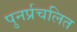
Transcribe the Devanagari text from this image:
पुनर्प्रचलित